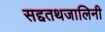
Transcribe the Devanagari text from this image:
सद्दतथजालिनी